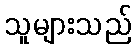
သူများသည်